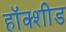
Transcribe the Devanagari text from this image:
हॉक्शीड